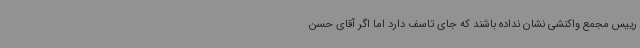
رییس مجمع واکنشی نشان نداده باشند که جای تاسف دارد اما اگر آقای حسن